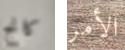
كانج الأمر